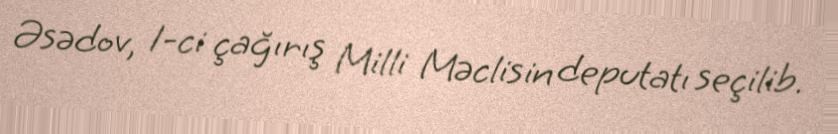
Əsədov, 1-ci çağırış Milli Məclisin deputatı seçilib.